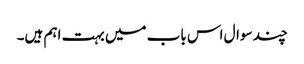
چند سوال اس باب میں بہت اہم ہیں۔